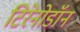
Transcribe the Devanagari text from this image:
टिरेनोडॉन